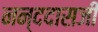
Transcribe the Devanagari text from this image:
नन्ददासजी